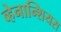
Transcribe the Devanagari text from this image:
व्हेनान्शियस